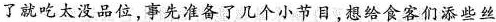
了就吃太没品位，事先准备了几个小节目,想给食客们添些丝